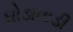
ઘોડાવાડી